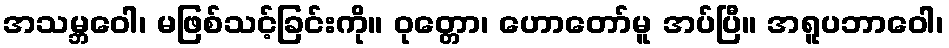
အသမ္ဘဝေါ၊ မဖြစ်သင့်ခြင်းကို။ ဝုတ္တော၊ ဟောတော်မူ အပ်ပြီ။ အရူပဘာဝေါ၊